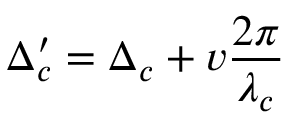
\Delta _ { c } ^ { \prime } = \Delta _ { c } + v \frac { 2 \pi } { \lambda _ { c } }